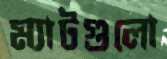
ম্যাটগুলো